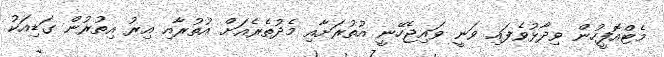
މެޓްއޮފީހުން ވިދާޅުވެފައި ވަނީ ވައިޖެހޭނީ އުތުރަށާއި މެދުތެރެއަށް އުތުރާއި އިރު އިތުރުން ގަޑިއަކު